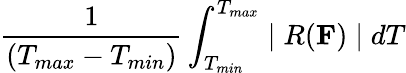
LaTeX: \frac{1}{(T_{max}-T_{min})}\int_{T_{min}}^{T_{max}}\mid R({\mathbf F})\mid dT